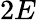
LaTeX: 2E